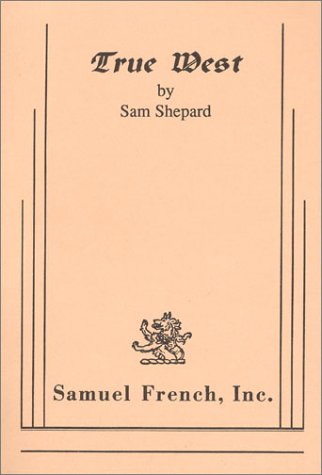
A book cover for True West; Sam Shepard; Literature & Fiction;